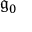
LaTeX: { \mathfrak { g } } _ { 0 }